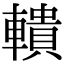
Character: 𨎨